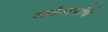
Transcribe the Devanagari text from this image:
आईबापांचे